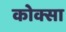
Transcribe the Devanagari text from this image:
कोक्सा